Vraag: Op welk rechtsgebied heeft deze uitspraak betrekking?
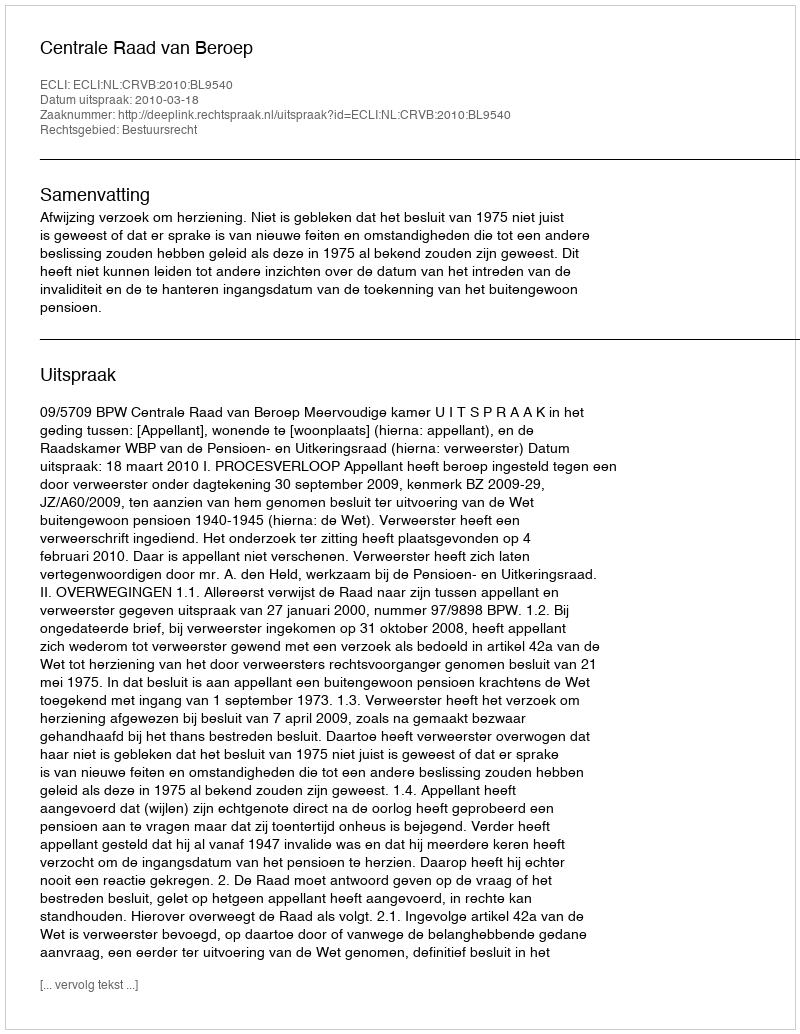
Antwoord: Bestuursrecht